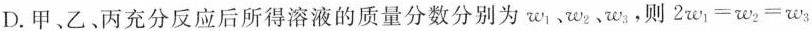
D.甲、乙、丙充分反应后所得溶液的质量分数分别为w_{1}、w_{2}、w_{3},则$$2w_{1}=w_{2}=w_{3}$$